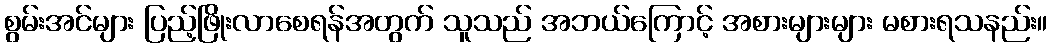
စွမ်းအင်များ ပြည့်ဖြိုးလာစေရန်အတွက် သူသည် အဘယ်ကြောင့် အစားများများ မစားရသနည်း။